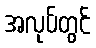
အလုပ်တွင်